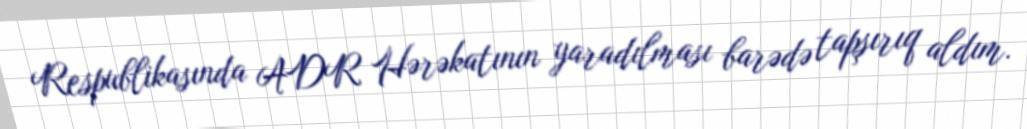
Respublikasında ADR Hərəkatının yaradılması barədə tapşırıq aldım.